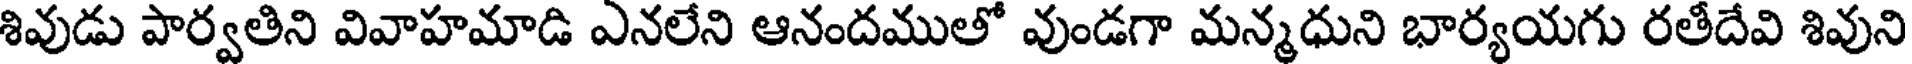
శివుడు పార్వతిని వివాహమాడి ఎనలేని ఆనందముతో వుండగా మన్మధుని భార్యయగు రతీదేవి శివుని